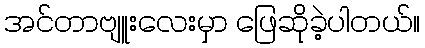
အင်တာဗျူးလေးမှာ ဖြေဆိုခဲ့ပါတယ်။